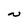
Character: N